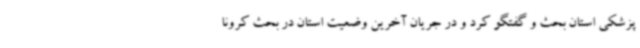
پزشکی استان بحث و گفتگو کرد و در جریان آخرین وضعیت استان در بحث کرونا